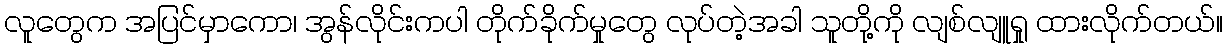
လူတွေက အပြင်မှာကော၊ အွန်လိုင်းကပါ တိုက်ခိုက်မှုတွေ လုပ်တဲ့အခါ သူတို့ကို လျစ်လျူရှု ထားလိုက်တယ်။